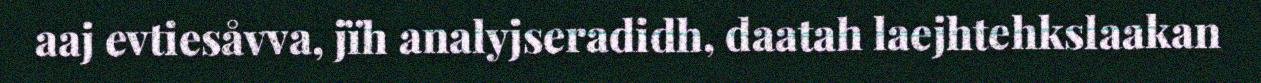
aaj evtiesåvva, jïh analyjseradidh, daatah laejhtehkslaakan